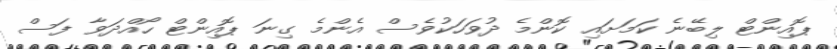
ޕޮއިންޓް ލިބޭނެ ކަމަށައި ކޮންމެ ދުވަހަކުވެސް އެންމެ ގިނަ ޕޮއިންޓް ހޯއްދަވާ ފަސް